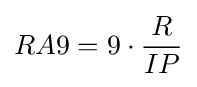
RA9=9\cdot {R \over IP}